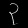
Digit: ၃